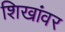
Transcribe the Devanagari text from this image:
शिखांवर